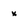
Character: x